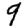
Digit: 9